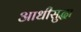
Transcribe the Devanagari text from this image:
आधीसुद्धा